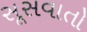
સૂસવાતો